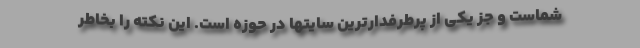
شماست و جز یکی از پرطرفدارترین سایتها در حوزه است. این نکته را بخاطر